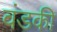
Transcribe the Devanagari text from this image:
वंडकी